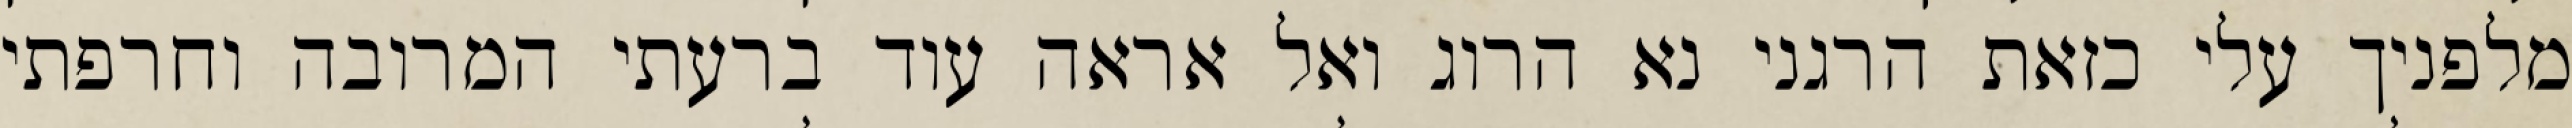
מלפניך עלי כזאת הרגני נא הרוג ואל אראה עוד ברעתי המרובה וחרפתי